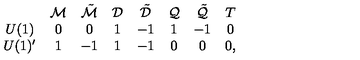
\begin{array} { c c c c c c c c } { } & { { \cal M } } & { \tilde { \cal M } } & { { \cal D } } & { \tilde { \cal D } } & { { \cal Q } } & { \tilde { \cal Q } } & { T } \\ { U ( 1 ) } & { 0 } & { 0 } & { 1 } & { - 1 } & { 1 } & { - 1 } & { 0 } \\ { U ( 1 ) ^ { \prime } } & { 1 } & { - 1 } & { 1 } & { - 1 } & { 0 } & { 0 } & { 0 , } \\ \end{array}